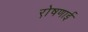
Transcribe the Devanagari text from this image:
रो़षणाई